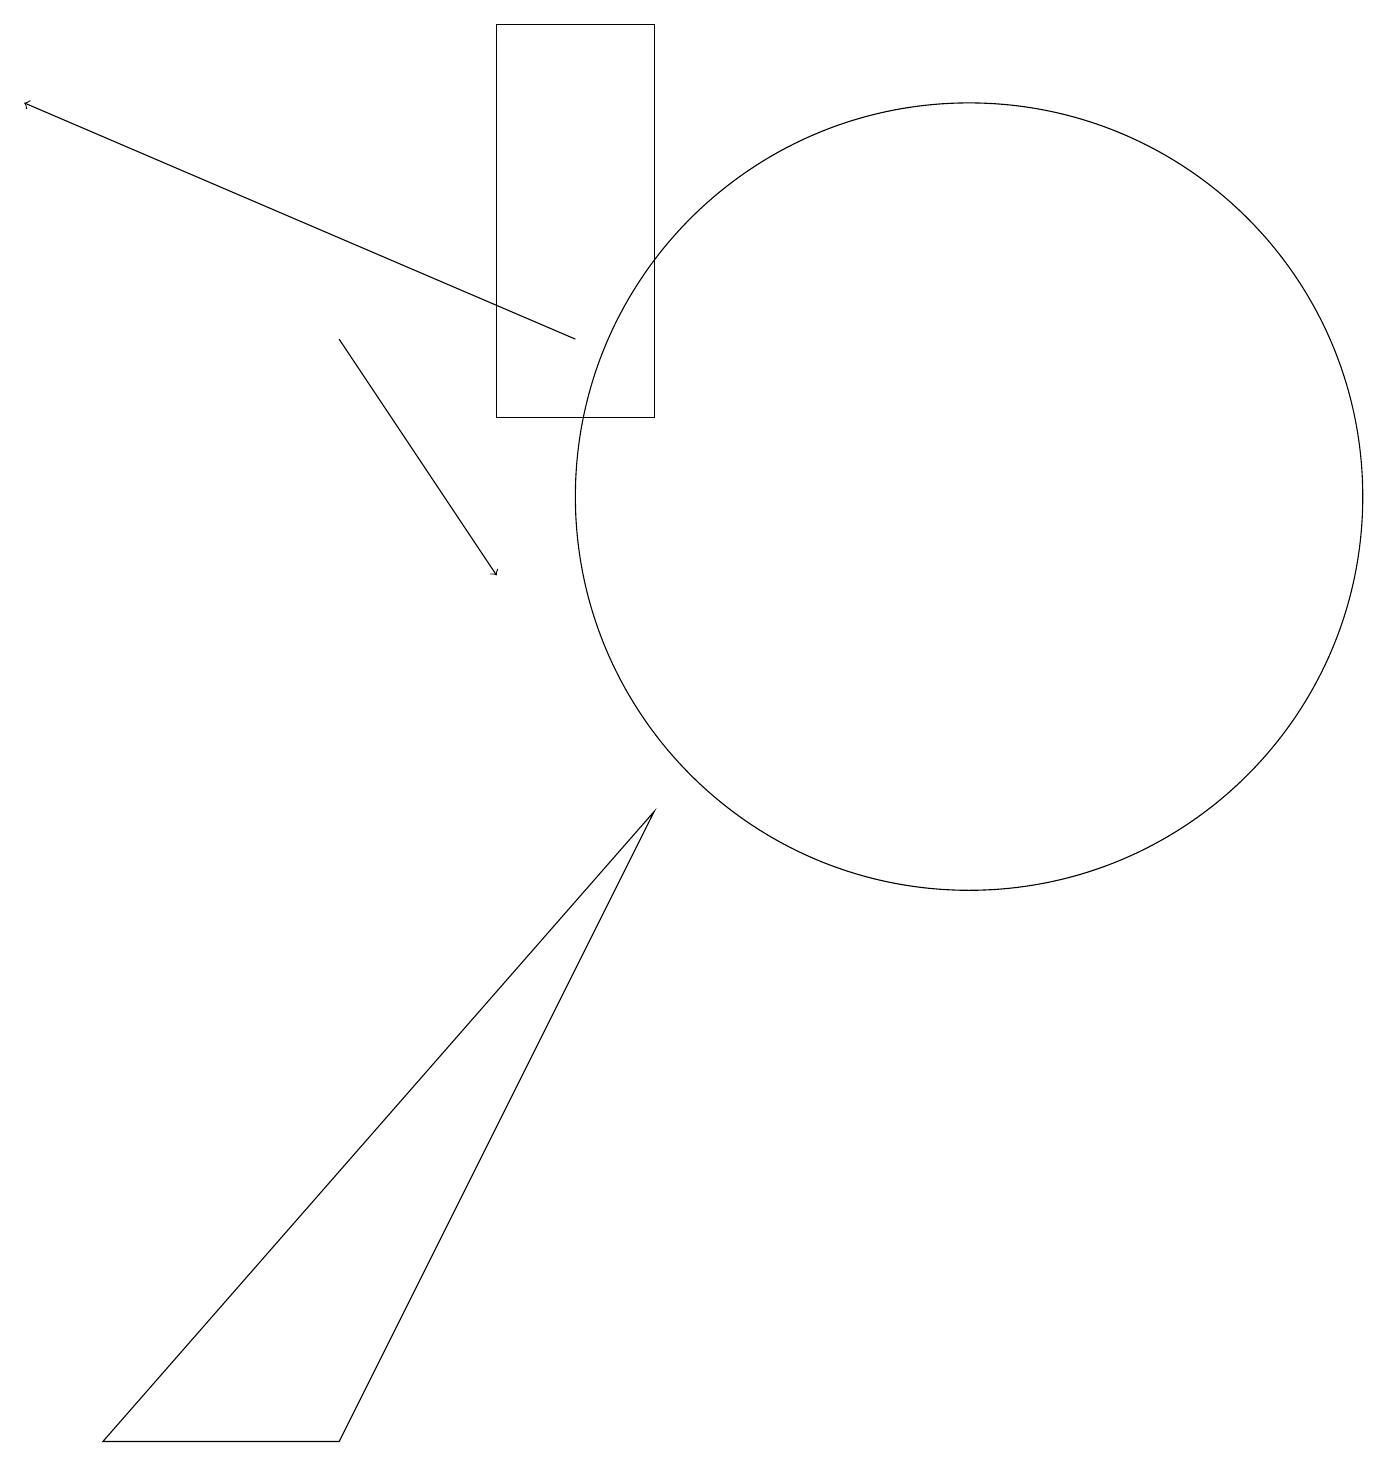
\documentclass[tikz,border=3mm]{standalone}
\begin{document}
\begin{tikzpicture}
\draw[->] (7,14) -- (0,17);
\draw (12,12) circle (5);
\draw[->] (4,14) -- (6,11);
\draw (8,18) rectangle (6,13);
\draw (4,0) -- (8,8) -- (1,0) -- cycle;
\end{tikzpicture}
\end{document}